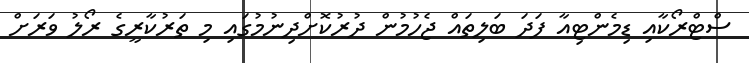
ސްޓްރޯކާއި ޑިމެންޓިއާ ފަދަ ބަލިތައް ޖެހުމުން ދުރުކޮށްދިނުމުގައި މި ތަރުކާރީގެ ރޯލު ވަރަށް